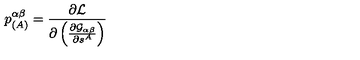
p _ { ( A ) } ^ { \alpha \beta } = \frac { \partial { \cal L } } { \partial \left( \frac { \partial { \cal G } _ { \alpha \beta } } { \partial s ^ { A } } \right) }